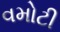
વમોટી